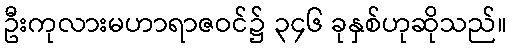
ဦးကုလားမဟာရာဇဝင်၌ ၃၄၆ ခုနှစ်ဟုဆိုသည်။